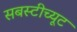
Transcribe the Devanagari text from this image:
सबस्टीच्यूट